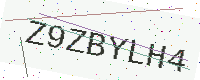
Text: Z9ZBYLH4